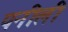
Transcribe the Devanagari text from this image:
पनीली